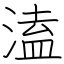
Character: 溘